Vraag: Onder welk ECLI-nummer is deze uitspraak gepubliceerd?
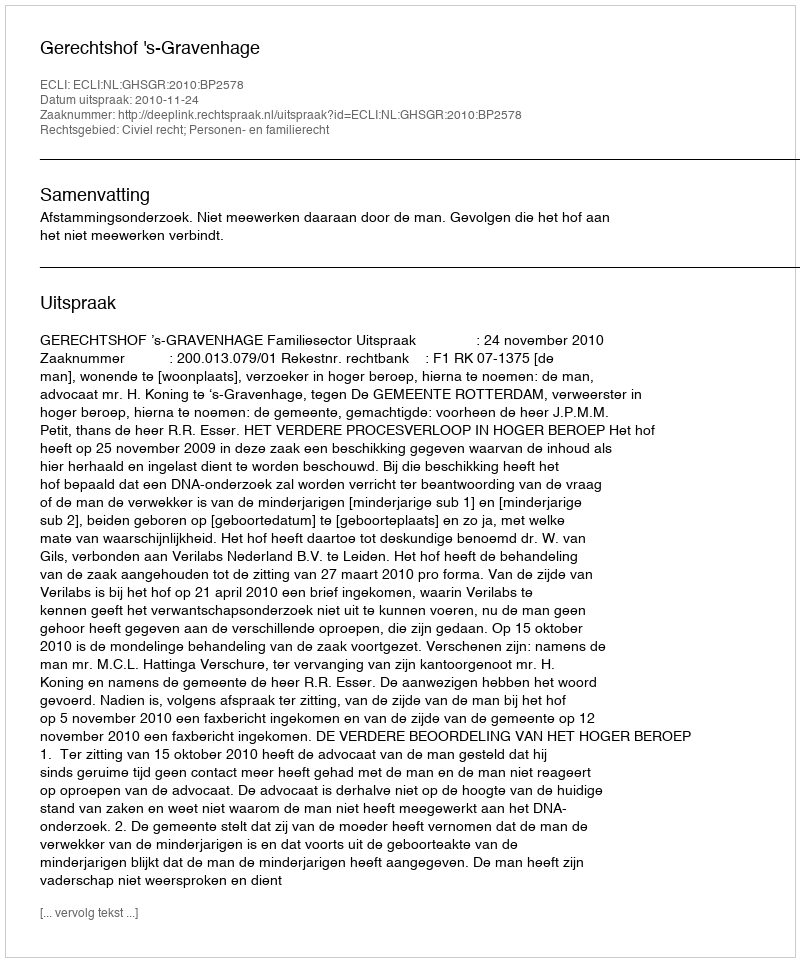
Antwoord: ECLI:NL:GHSGR:2010:BP2578